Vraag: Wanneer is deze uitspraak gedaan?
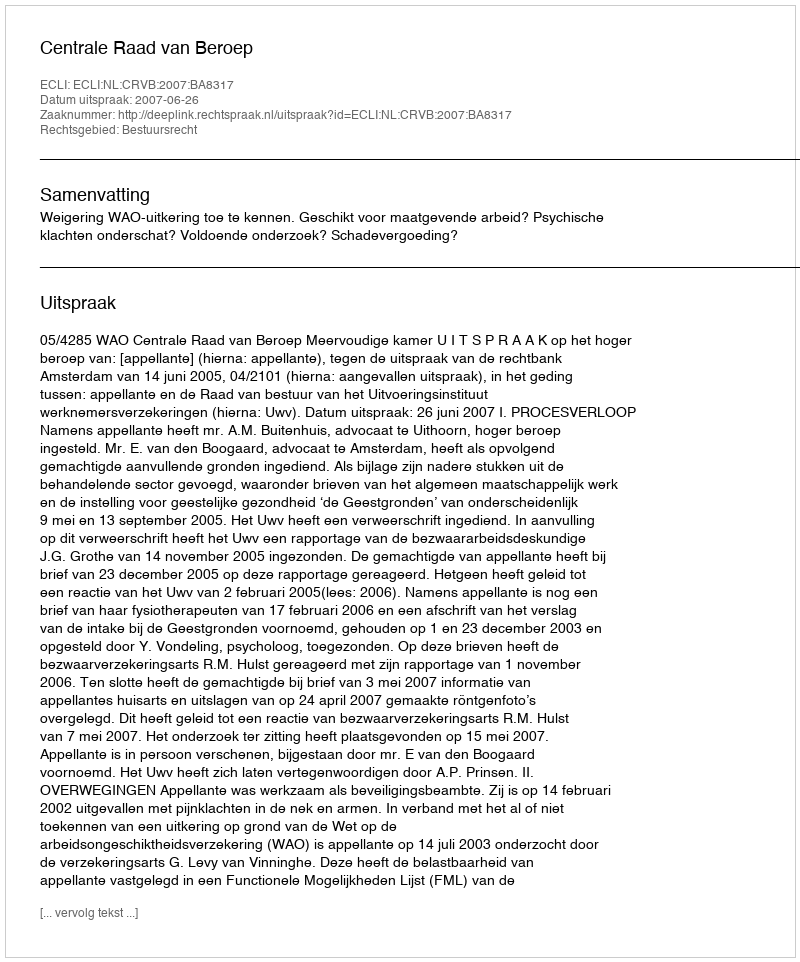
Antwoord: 2007-06-26